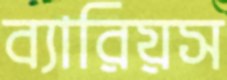
ব্যারিয়স